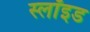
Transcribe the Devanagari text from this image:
स्लॉइड